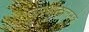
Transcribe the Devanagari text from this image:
जनआन्दोलनके